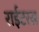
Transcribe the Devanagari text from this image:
राईटरस